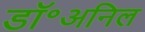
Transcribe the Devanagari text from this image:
डॉ॰अनिल